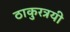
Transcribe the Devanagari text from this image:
ठाकुरत्रयी